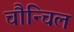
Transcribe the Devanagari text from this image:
चौन्चिल